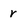
Character: r